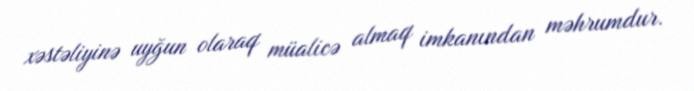
xəstəliyinə uyğun olaraq müalicə almaq imkanından məhrumdur.